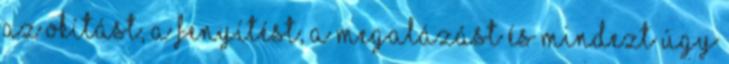
az okítást, a fenyítést, a megalázást és mindezt úgy